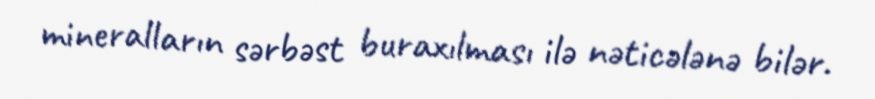
mineralların sərbəst buraxılması ilə nəticələnə bilər.